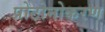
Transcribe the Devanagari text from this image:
प्रोटोनोकरण